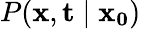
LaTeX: P(\mathbf{x},\mathbf{t}\mid\mathbf{x_{0}})